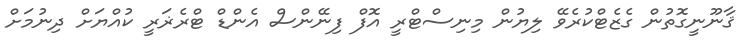
ޤާނޫނީގޮތުން ގެޒެޓްކުރެވޭ ލިޔުން މިނިސްޓްރީ އޮފް ފިނޭންސް އެންޑް ޓްރެޜަރީ ކުއްޔަށް ދިނުމަށް